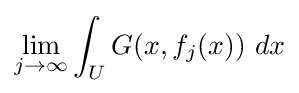
\lim _{j\to \infty }\int _{U}G(x,f_{j}(x))\ dx